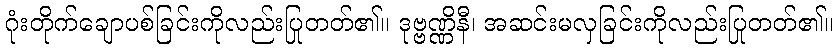
ဂုံးတိုက်ချောပစ်ခြင်းကိုလည်းပြုတတ်၏။ ဒုဗ္ဗဏ္ဏိနီ၊ အဆင်းမလှခြင်းကိုလည်းပြုတတ်၏။